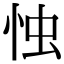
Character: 𢘷